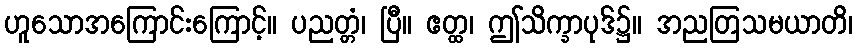
ဟူသောအကြောင်းကြောင့်။ ပညတ္တံ၊ ပြီ။ ဧတ္ထ၊ ဤသိက္ခာပုဒ်၌။ အညတြသမယာတိ၊